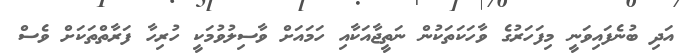
އަދި ބުނެފައިވަނީ މިފަހަރުގެ ވާހަކަތަކުން ނަތީޖާއަކާއި ހަމައަށް ވާސިލުވުމަކީ ހުރިހާ ފަރާތްތަކަށް ވެސް